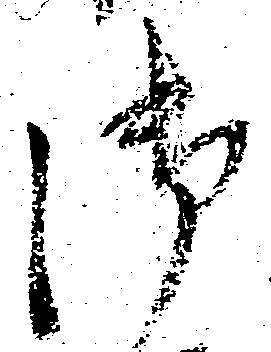
御